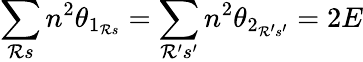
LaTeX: \sum_{\mathcal{R}s}n^{2}\theta_{1_{\mathcal{R}s}}=\sum_{\mathcal{R}^{\prime}s^{\prime}}n^{2}\theta_{2_{\mathcal{R}^{\prime}s^{\prime}}}=2E